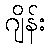
ဂျိန်း